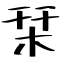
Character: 栞